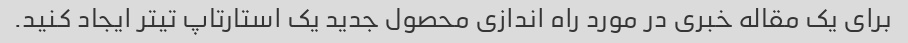
برای یک مقاله خبری در مورد راه اندازی محصول جدید یک استارتاپ تیتر ایجاد کنید.